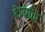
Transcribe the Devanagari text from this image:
देणगीच